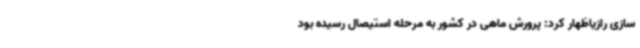
سازی رازیاظهار کرد: پرورش ماهی در کشور به مرحله استیصال رسیده بود